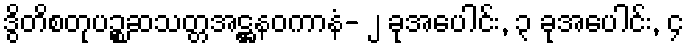
ဒွိတိစတုပဉ္စဆသတ္တအဋ္ဌနဝကာနံ- ၂ ခုအပေါင်း, ၃ ခုအပေါင်း, ၄